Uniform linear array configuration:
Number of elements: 16
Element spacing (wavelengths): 0.75
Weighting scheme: kaiser
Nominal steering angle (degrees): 15
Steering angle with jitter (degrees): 14.487
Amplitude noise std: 0.05
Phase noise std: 0.05

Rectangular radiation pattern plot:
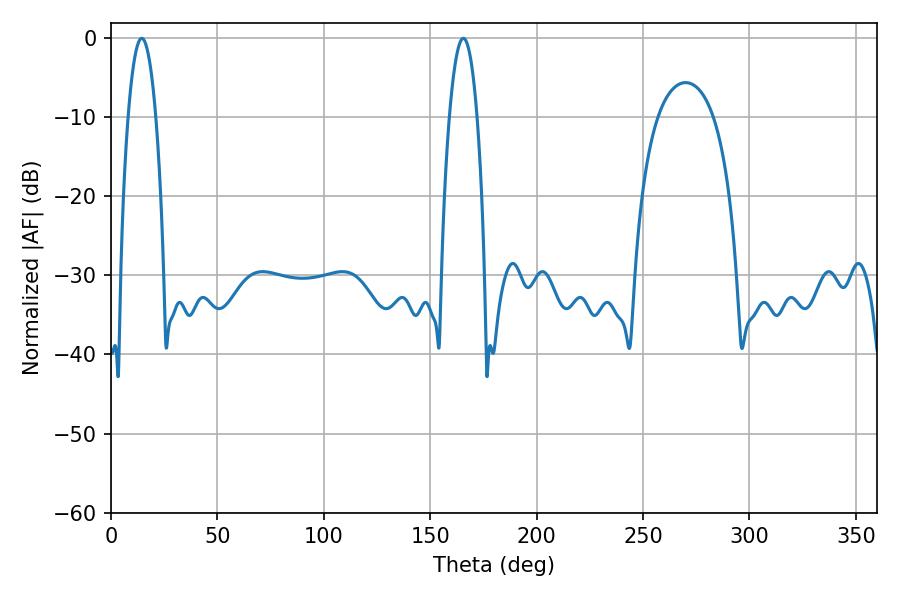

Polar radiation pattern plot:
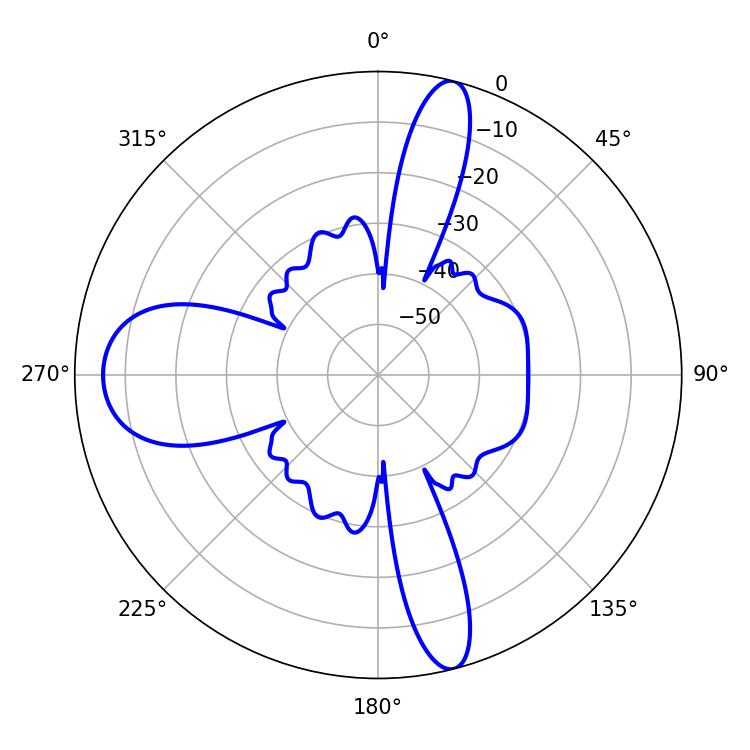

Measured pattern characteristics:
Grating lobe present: TRUE
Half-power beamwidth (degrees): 7.2
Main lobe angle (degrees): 14.4